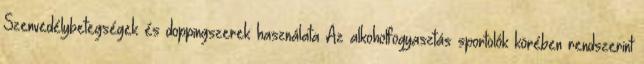
Szenvedélybetegségek és doppingszerek használata Az alkoholfogyasztás sportolók körében rendszerint